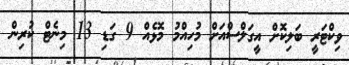
ވިކްޓަރީ ބަލިކޮށް އީގަލްސްއަށް މުހިއްމު މޮޅެއް 9 ގަޑި 13 މިނެޓް ކުރިން